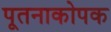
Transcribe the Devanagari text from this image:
पूतनाकोपक